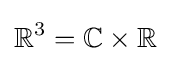
\mathbb {R} ^{3}=\mathbb {C} \times \mathbb {R}